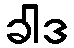
ခါဒ